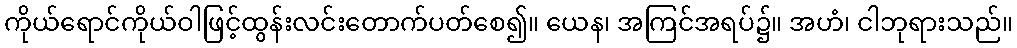
ကိုယ်ရောင်ကိုယ်ဝါဖြင့်ထွန်းလင်းတောက်ပတ်စေ၍။ ယေန၊ အကြင်အရပ်၌။ အဟံ၊ ငါဘုရားသည်။